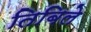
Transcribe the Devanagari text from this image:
तिबिले